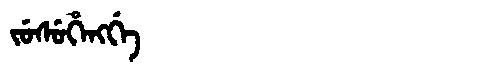
Manchu: ᠵᡠᠰᡠᡥᡝᠩᡤᡝ
Romanization: JUSUHENGGE